Tartu_pedagoogiumi_aruanded, lk 9
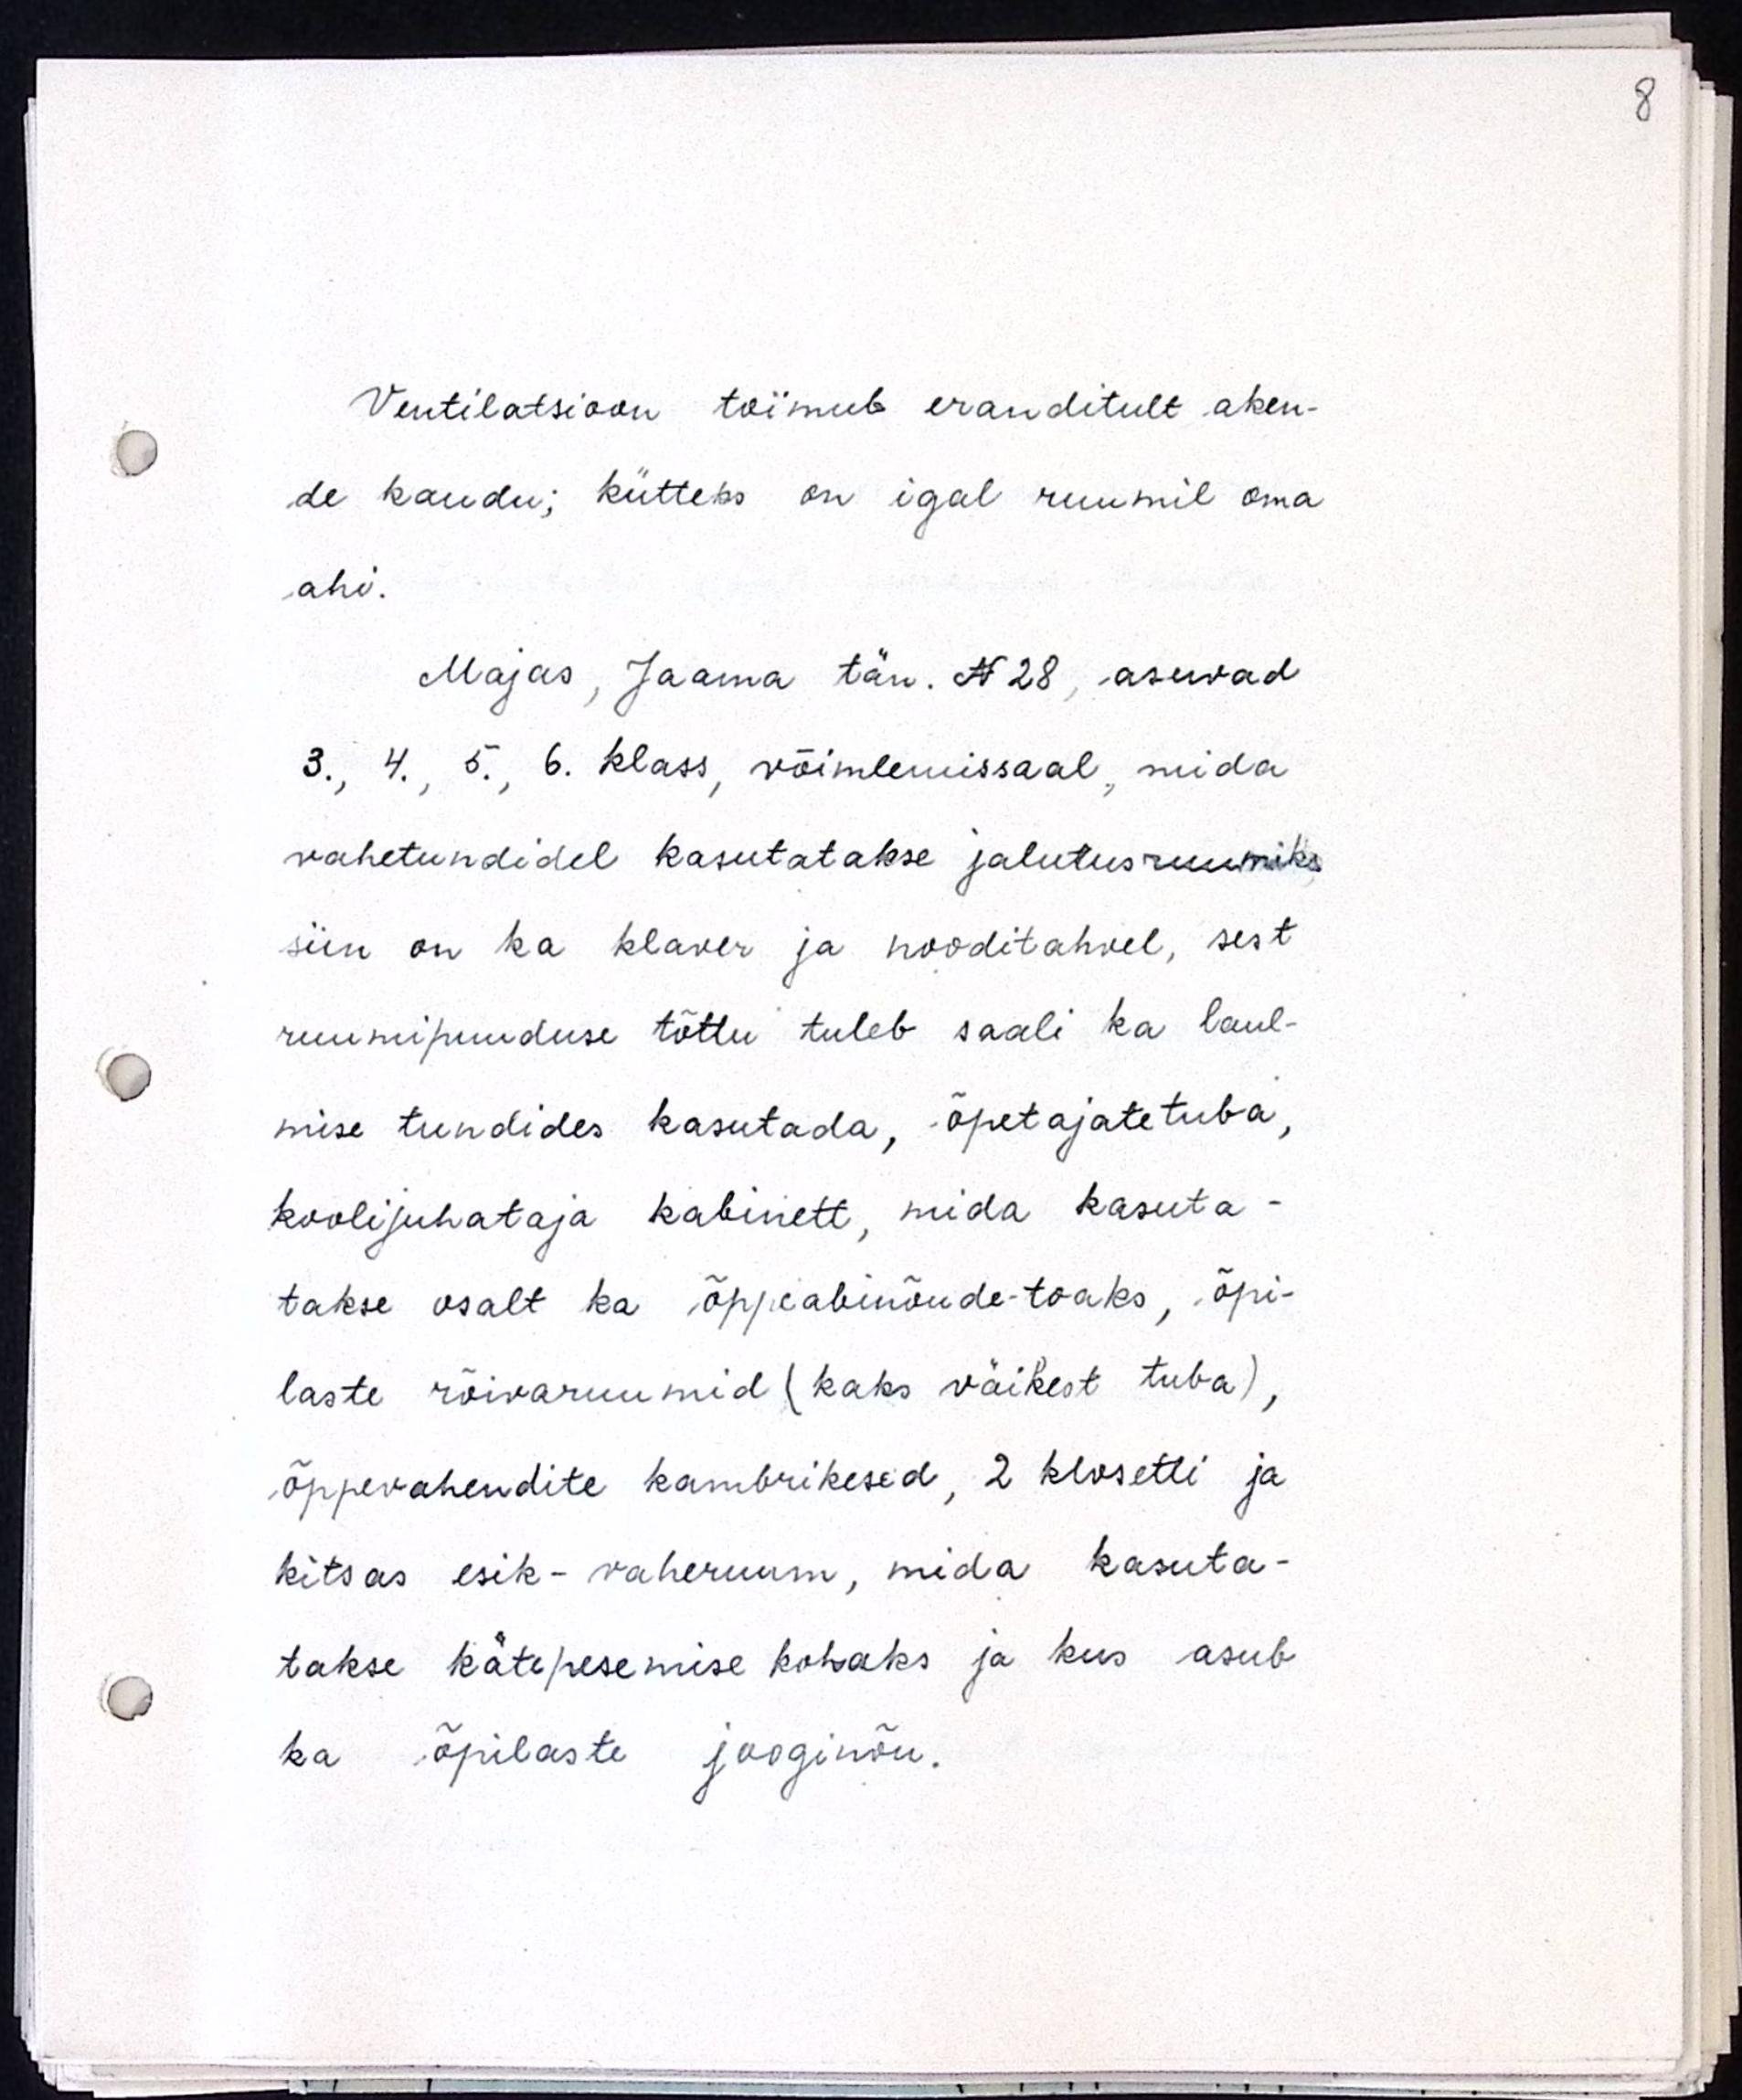
Ventilatsioon toimub eranditult aken-
de kaudu; kütteks on igal ruumil oma
ahi.
Majas, Jaama tän. N28, asuvad
3., 4., 5., 6. klass, võimlemissaal, mida
vahetundidel kasutatakse jalutusruumiks
siin on ka klaver ja nooditahvel, sest
ruumipuuduse tõttu tuleb saali ka laul-
mise tundides kasutada, õpetajatetuba,
koolijuhataja kabinett, mida kasuta-
takse osalt ka õppeabinõude-toaks, õpi-
laste rõivaruumid (kaks väikest tuba),
õppevahendite kambrikesed, 2 klosetti ja
kitsas esik-vaheruum, mida kasuta-
takse kätepesemise kohaks ja kus asub
ka õpilaste jooginõu.